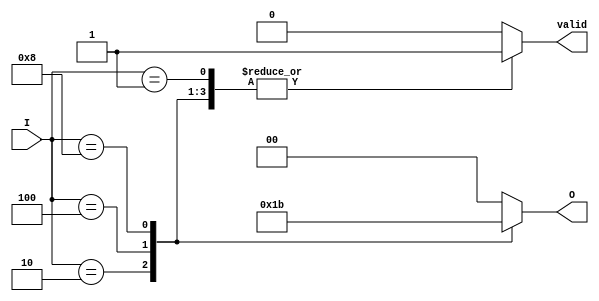
module encoder_4to2 (
    input [3:0] I,     // 4 input lines
    output reg [1:0] O, // 2 output lines
    output reg valid    // Valid signal
);
    always @(*) begin
        case (I)
            4'b0001: begin O = 2'b00; valid = 1; end
            4'b0010: begin O = 2'b01; valid = 1; end
            4'b0100: begin O = 2'b10; valid = 1; end
            4'b1000: begin O = 2'b11; valid = 1; end
            default: begin O = 2'b00; valid = 0; end // Invalid case
        endcase
    end
endmodule